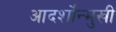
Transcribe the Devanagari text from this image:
आदर्शोंन्मुखी